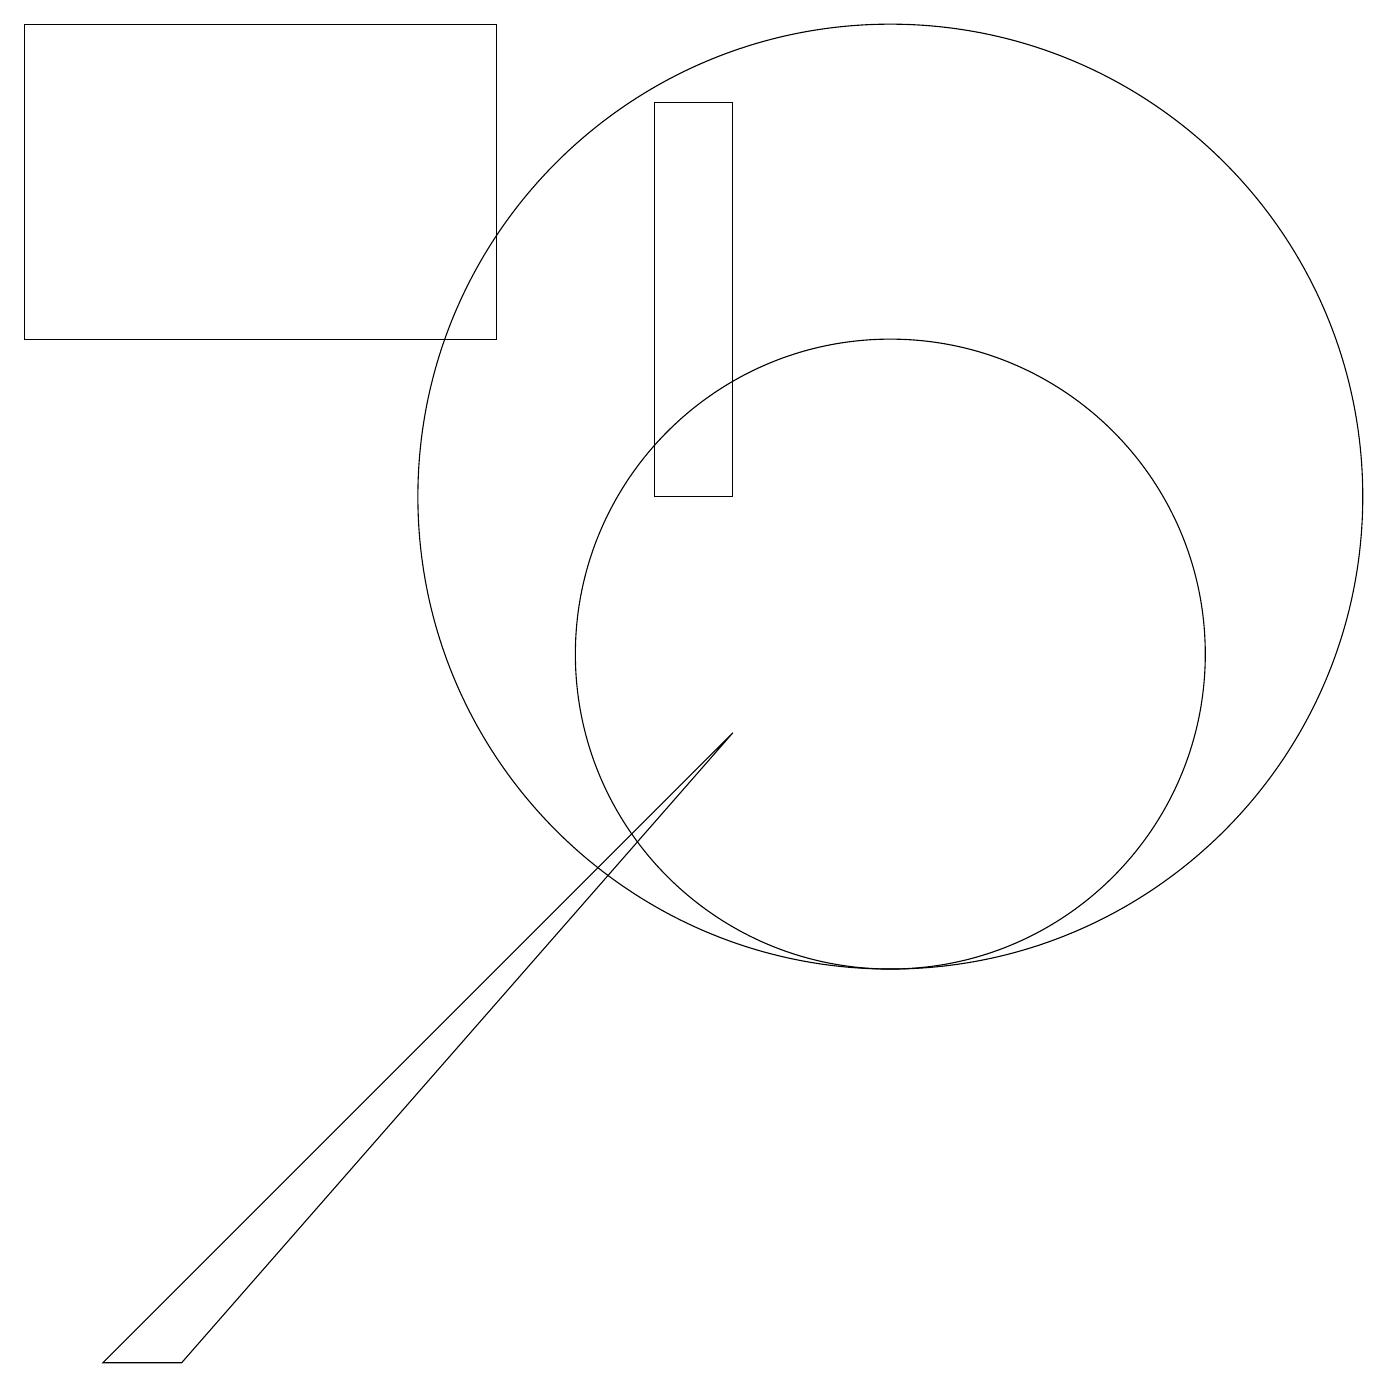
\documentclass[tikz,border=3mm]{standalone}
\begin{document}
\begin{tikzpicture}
\draw (11,10) circle (4);
\draw (8,17) rectangle (9,12);
\draw (2,1) -- (1,1) -- (9,9) -- cycle;
\draw (11,12) circle (6);
\draw (6,18) rectangle (0,14);
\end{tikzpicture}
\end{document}